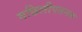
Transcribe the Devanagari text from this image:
मछिलीपतनम